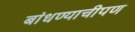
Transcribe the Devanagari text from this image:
बांधण्याचीपण